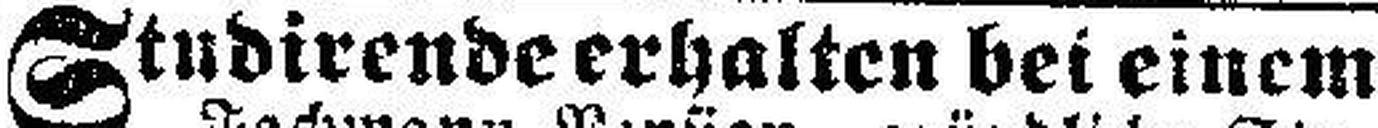
Studirende erhalten bei einem